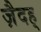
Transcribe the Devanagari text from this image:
ज़ैदह्